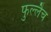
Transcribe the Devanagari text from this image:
फुल्लैच